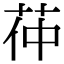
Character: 茽